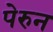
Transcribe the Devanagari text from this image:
पेरुन